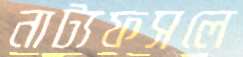
নাট্যফসলে